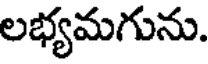
లభ్యమగును.